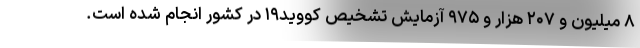
۸ میلیون و ۲۰۷ هزار و ۹۷۵ آزمایش تشخیص کووید۱۹ در کشور انجام شده است.